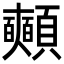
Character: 𩖃